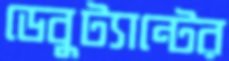
ডেবুট্যান্টের